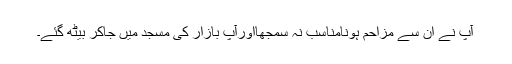
آپ نے ان سے مزاحم ہونامناسب نہ سمجھااورآپ بازار کی مسجد میں جاکر بیٹھ گئے۔